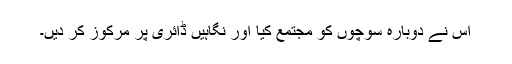
اس نے دوبارہ سوچوں کو مجتمع کیا اور نگاہیں ڈائری پر مرکوز کر دیں۔